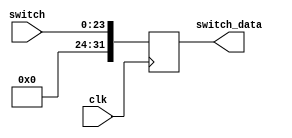
`timescale 1ns / 1ps
//////////////////////////////////////////////////////////////////////////////////
// Module Name: switch_driver
// Description: 
//////////////////////////////////////////////////////////////////////////////////


module switch_driver(
    input wire clk,
    input wire [23:0] switch,

    output reg [31:0] switch_data
    );

always @(posedge clk) begin
    switch_data <= switch;
end


endmodule